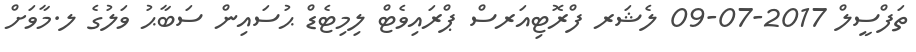
ތަފްސީލް 2017-07-09 ލެޝަރ ފްރޮޓިއަރސް ޕްރައިވެޓް ލިމިޓެޑް ޙުސައިން ސަބާޙު ވަލުގެ ލ.މާވަށް